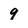
Character: 9